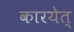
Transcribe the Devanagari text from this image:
कारयेत्‌